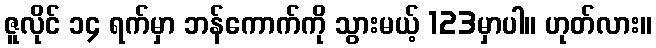
ဇူလိုင် ၁၄ ရက်မှာ ဘန်ကောက်ကို သွားမယ့် 123မှာပါ။ ဟုတ်လား။